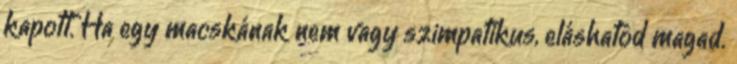
kapott. Ha egy macskának nem vagy szimpatikus, eláshatod magad.